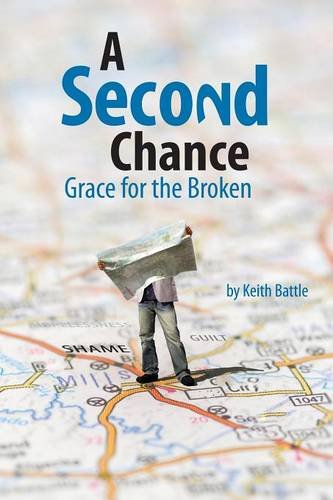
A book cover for A Second Chance; Keith A. Battle; Christian Books & Bibles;